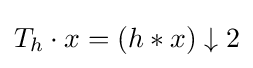
T_{h}\cdot x=(h*x)\downarrow 2